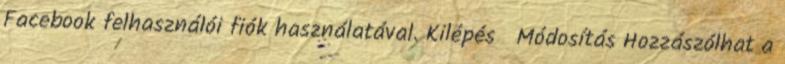
Facebook felhasználói fiók használatával. Kilépés Módosítás Hozzászólhat a